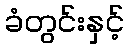
ခံတွင်းနှင့်